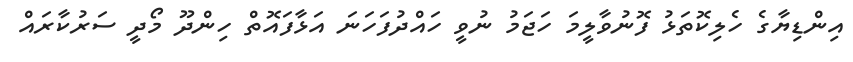
އިންޑިޔާގެ ހެލިކޮތަޅު ފޮނުވާލީމަ ހަޖަމު ނުވީ ހައްދުފަހަނަ އަޅާފައޮތް ހިންދޫ މޯދީ ސަރުކާރައް